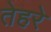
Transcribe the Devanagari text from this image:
तेहरे